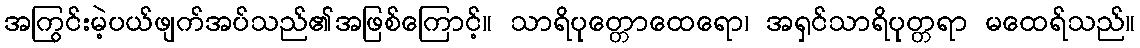
အကြွင်းမဲ့ပယ်ဖျက်အပ်သည်၏အဖြစ်ကြောင့်။ သာရိပုတ္တောထေရော၊ အရှင်သာရိပုတ္တရာ မထေရ်သည်။